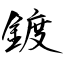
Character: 鍍